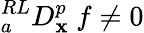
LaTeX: {}_{a}^{RL}D_{\mathbf{x}}^{p}~f\neq0